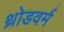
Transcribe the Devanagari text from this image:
थ्रोडवर्म